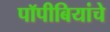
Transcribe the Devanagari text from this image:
पॉपीबियांचे